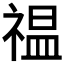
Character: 𫀚